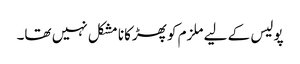
پولیس کے لیے ملزم کو پھڑکانا مشکل نہیں تھا۔